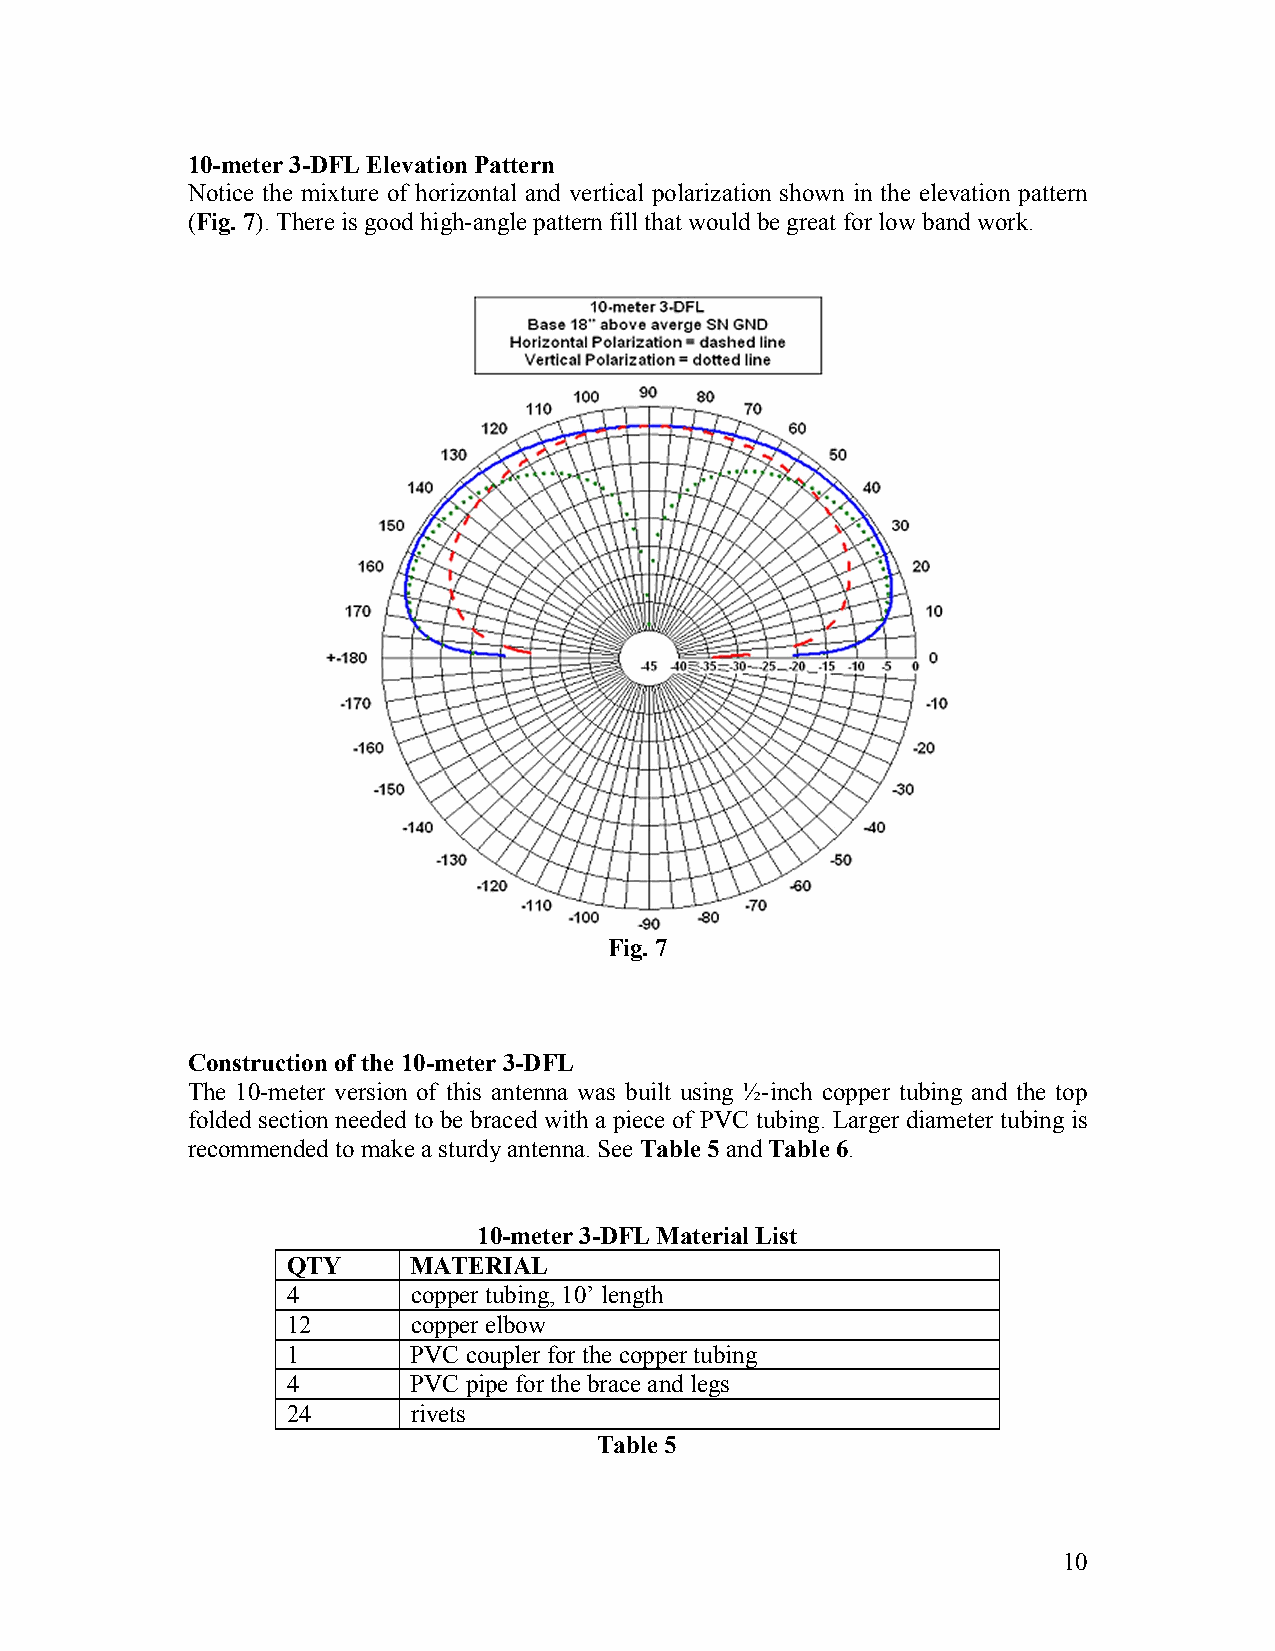
10-meter 3-DFL Elevation Pattern
 Notice the mixture of horizontal and vertical polarization shown in the elevation pattern
 (Fig. 7). There is good high-angle pattern fill that would be great for low band work.
 Fig. 7
 Construction of the 10-meter 3-DFL
 The 10-meter version of this antenna was built using ½-inch copper tubing and the top
 folded section needed to be braced with a piece of PVC tubing. Larger diameter tubing is
 recommended to make a sturdy antenna. See Table 5 and Table 6.
 10-meter 3-DFL Material List
 QTY     MATERIAL
 4       copper tubing, 10’ length
 12      copper elbow
 1       PVC coupler for the copper tubing
 4       PVC pipe for the brace and legs
 24      rivets
 Table 5
 10